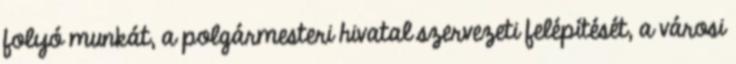
folyó munkát, a polgármesteri hivatal szervezeti felépítését, a városi